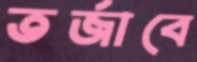
তর্জাবে